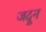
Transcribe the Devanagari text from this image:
जदून